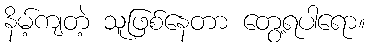
နိမ့်ကျတဲ့ သူဖြစ်နေတာ တွေ့ရပါရော။